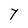
Character: Y